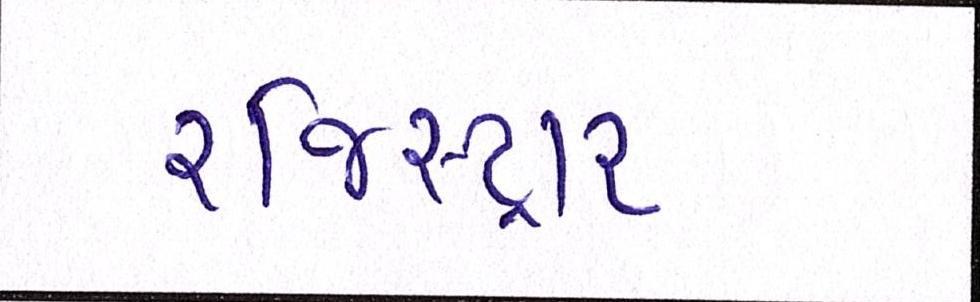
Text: રજિસ્ટ્રાર